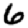
Digit: 6